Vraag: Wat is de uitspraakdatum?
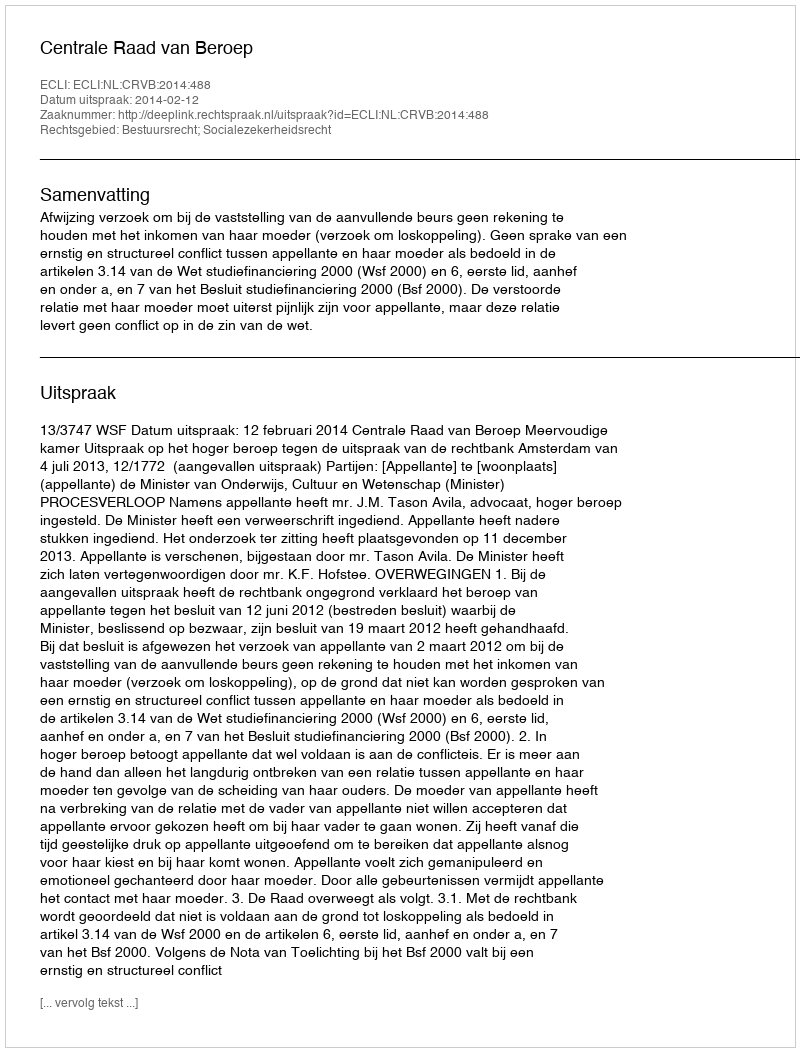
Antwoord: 2014-02-12